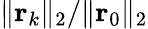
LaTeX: \| \mathbf{r}_{k}\| _{2}/\| \mathbf{r}_{0}\| _{2}